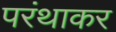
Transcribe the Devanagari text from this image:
परंथाकर